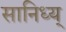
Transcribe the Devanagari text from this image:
सानिध्य्